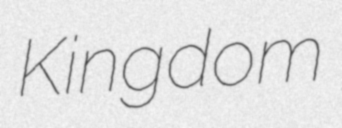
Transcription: Kingdom